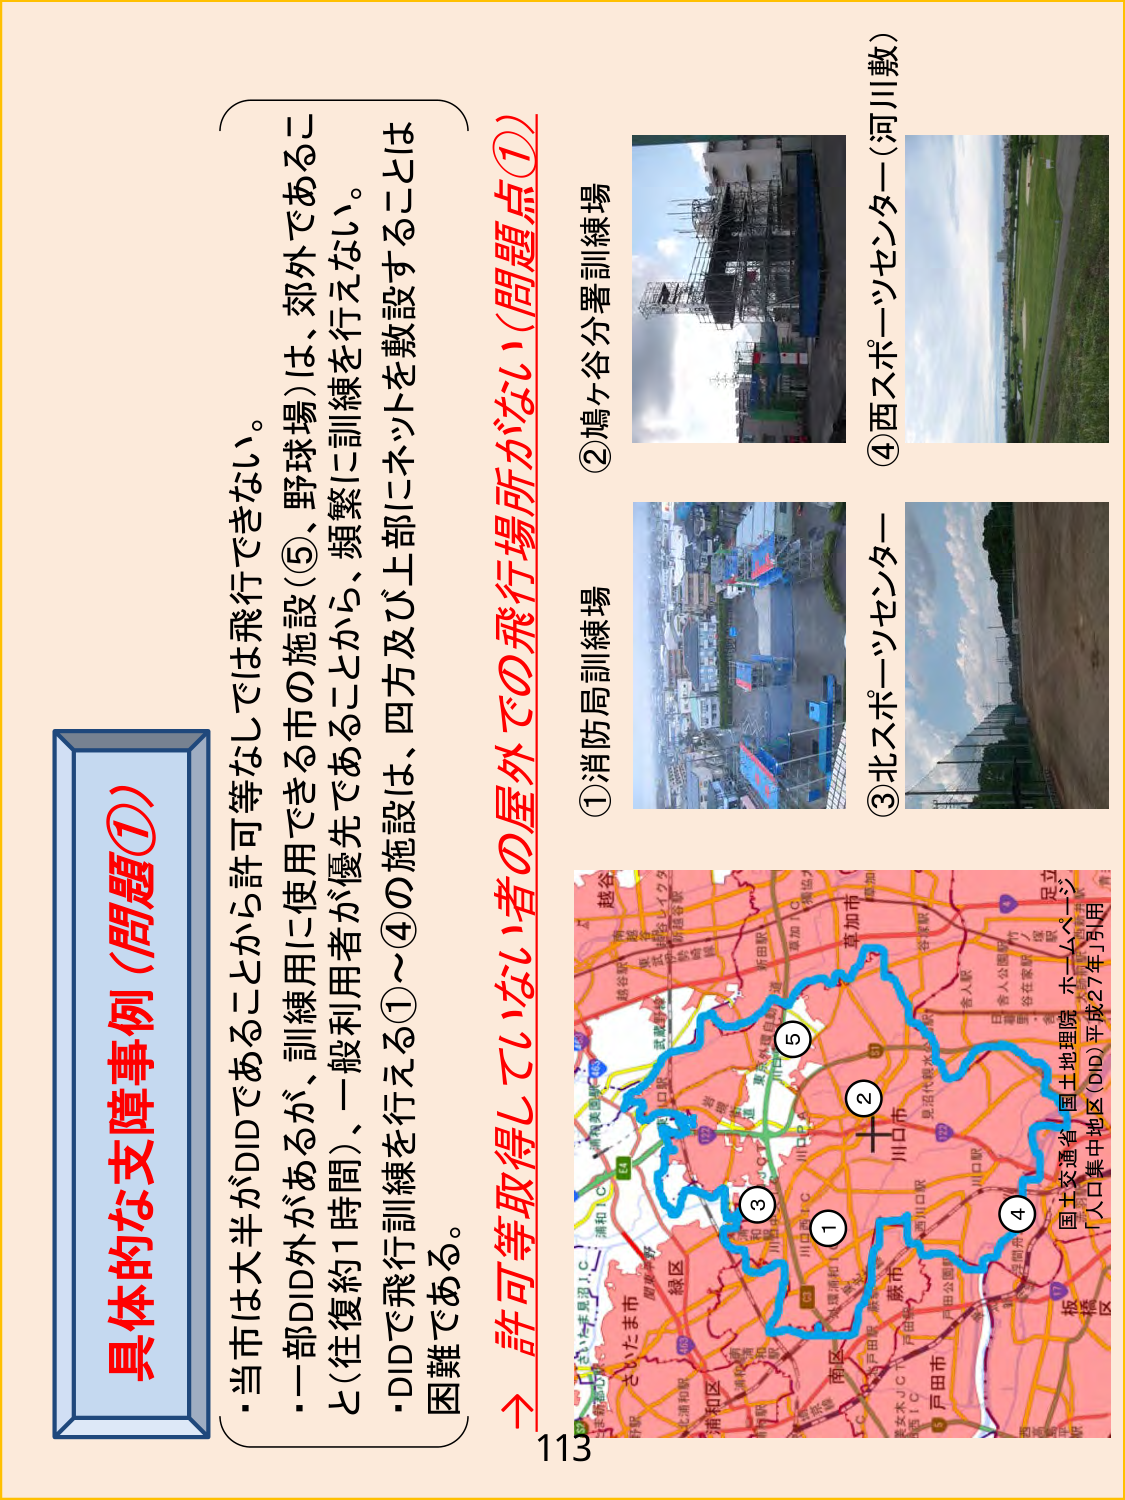
具体的な支障事例（問題①）

・当市は大半がDIDであることから許可等なしでは飛行できない。
・一部DID外があるが、訓練用に使用できる市の施設（⑤、野球場）は、郊外であるこ
と（往復約1時間）、一般利用者が優先であることから、頻繁に訓練を行えない。
・DIDで飛行訓練を行える①～④の施設は、四方及び上部にネットを敷設することは
困難である。

→ 許可等取得していない者の屋外での飛行場所がない（問題点①）

①消防局訓練場
②鳩ヶ谷分署訓練場
③北スポーツセンター
④西スポーツセンター（河川敷）

国土交通省・国土地理院 ホームページ
人口集中地区（DID）平成27年1月用

113